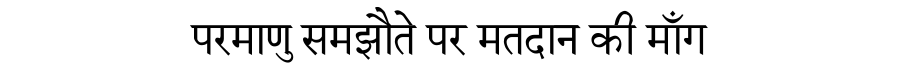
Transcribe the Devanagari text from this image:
परमाणु समझौते पर मतदान की माँग